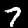
Digit: 7